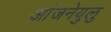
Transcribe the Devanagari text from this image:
आंजनेयुलु